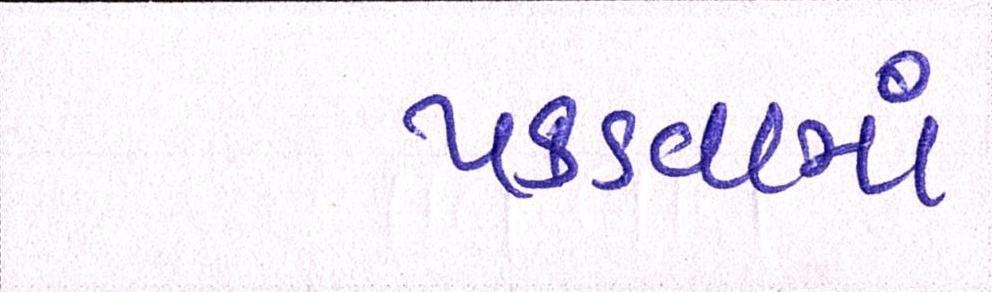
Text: પકડવામાં